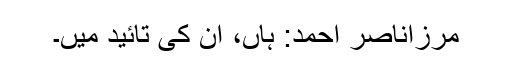
مرزاناصر احمد: ہاں، ان کی تائید میں۔